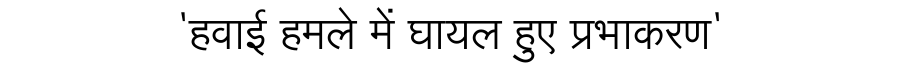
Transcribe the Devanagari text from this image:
'हवाई हमले में घायल हुए प्रभाकरण'